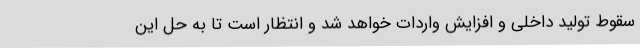
سقوط تولید داخلی و افزایش واردات خواهد شد و انتظار است تا به حل این